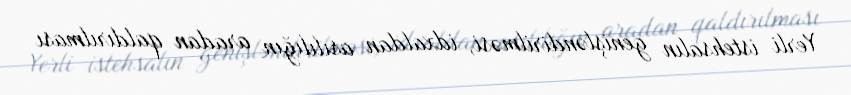
Yerli istehsalın genişləndirilməsi, idxaldan asılılığın aradan qaldırılması